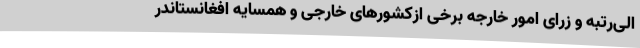
الی‌رتبه و زرای امور خارجه برخی ازکشورهای خارجی و همسایه افغانستاندر